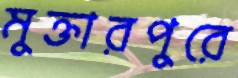
মুক্তারপুরে